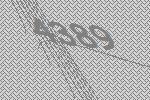
4389